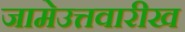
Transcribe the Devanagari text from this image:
जामेउत्तवारीख